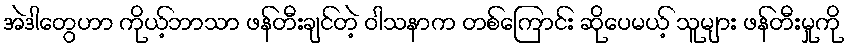
အဲဒါတွေဟာ ကိုယ့်ဘာသာ ဖန်တီးချင်တဲ့ ဝါသနာက တစ်ကြောင်း ဆိုပေမယ့် သူများ ဖန်တီးမှုကို